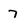
Character: 7